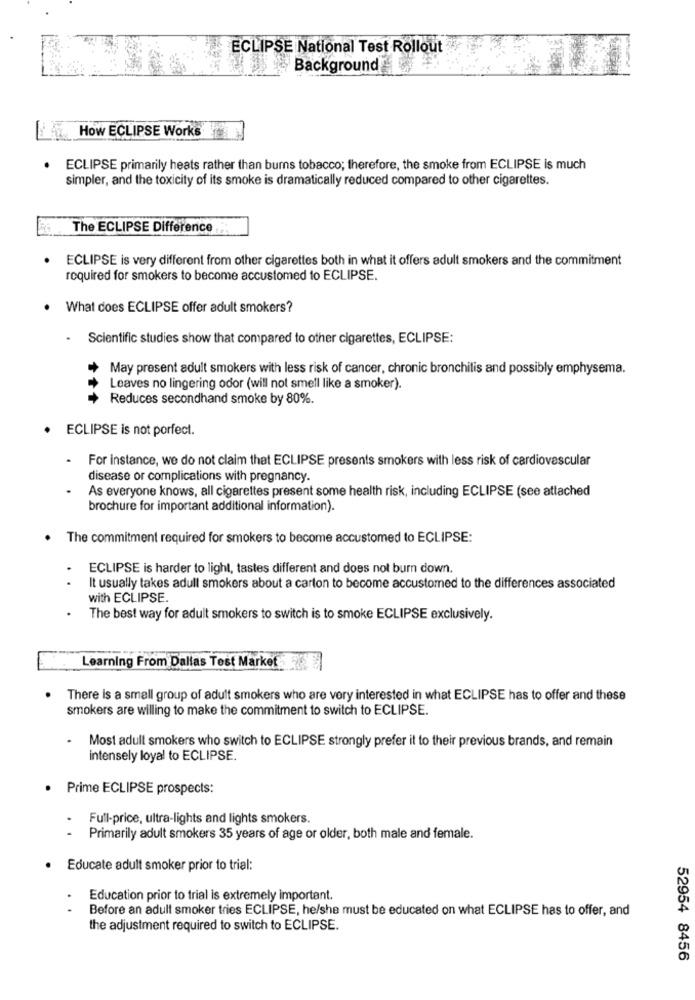
ECLIPSE National Test Rollout
Background
How ECLIPSE Works
ECLIPSE primarily heats rather than burns tobacco; therefore, the smoke from ECLIPSE is much
simpler, and the toxicity of its smoke is dramatically reduced compared to other cigarettes.
The ECLIPSE Difference
ECLIPSE is very different from other cigarettes both in what it offers adult smokers and the commitment
required for smokers to become accustomed to ECLIPSE.
What does ECLIPSE offer adult smokers?
- Scientific studies show that compared to other cigarettes, ECLIPSE:
May present adult smokers with less risk of cancer, chronic bronchitis and possibly emphysema.
Leaves no lingering odor (will not smell like a smoker).
Reduces secondhand smoke by 80%.
ECLIPSE is not porfect.
.
For instance, we do not claim that ECLIPSE presents smokers with less risk of cardiovascular
disease or complications with pregnancy.
As everyone knows, all cigarettes present some health risk, including ECLIPSE (see attached
brochure for important additional information).
The commitment required for smokers to become accustomed to ECLIPSE:
ECLIPSE is harder to light, tastes different and does not burn down.
It usually takes adull smokers about a carton to become accustomed to the differences associated
with ECLIPSE.
The best way for adult smokers to switch is to smoke ECLIPSE exclusively.
Learning From Dallas Test Market
There is a small group of adult smokers who are very interested in what ECLIPSE has to offer and these
smokers are willing to make the commitment to switch to ECLIPSE.
.
Most adult smokers who switch to ECLIPSE strongly prefer it to their previous brands, and remain
intensely loyal to ECLIPSE.
Prime ECLIPSE prospects:
Full-price, ultra-lights and lights smokers.
Primarily adult smokers 35 years of age or older, both male and female.
Educate adult smoker prior to trial:
Education prior to trial is extremely important.
Before an adult smoker tries ECLIPSE, he/she must be educated on what ECLIPSE has to offer, and
the adjustment required to switch to ECLIPSE.
52954 8456